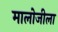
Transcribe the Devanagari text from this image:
मालोजीला